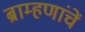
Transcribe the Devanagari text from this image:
ब्राम्हणांचें